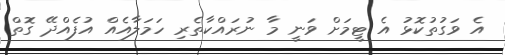
އެ ވަގުތުކޮޅު އެ ޓީމަށް ވަނީ މާ ނުރައްކާތެރި ހަމަލާއެއް އުފެއްދޭ ގޮތް